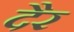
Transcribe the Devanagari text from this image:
दैर